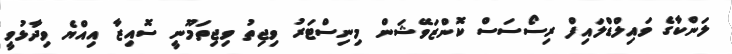
ލަންކާގެ ވައިލްޑްލައިފް ރިސޯސަސް ކޮންޒަވޭޝަން މިނިސްޓަރު ވިޖިތު ވިޖިތަމޫނީ ސޮއިޒާ އިއްޔެ ވިދާޅުވީ